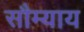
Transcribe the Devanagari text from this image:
सौम्याय